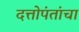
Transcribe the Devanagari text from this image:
दत्तोपंतांचा